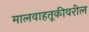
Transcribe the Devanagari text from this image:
मालवाहतूकीवरील